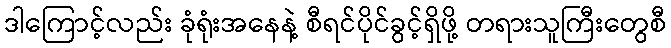
ဒါကြောင့်လည်း ခုံရုံးအနေနဲ့ စီရင်ပိုင်ခွင့်ရှိဖို့ တရားသူကြီးတွေစီ